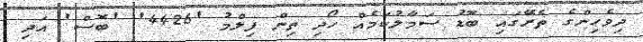
ދިވެހިންގެ ތެރޭގައި ބޮޑު ސަމާލުކަމެއް ހޯދި ތިން ފިލްމު '4426' 'ބޮސް' އަދި